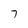
Character: 7